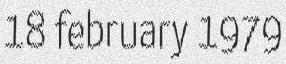
18 february 1979